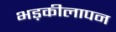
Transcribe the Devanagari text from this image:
भड़कीलापन